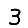
Digit: 3